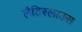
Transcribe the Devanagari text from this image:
लैडिस्लाउस